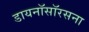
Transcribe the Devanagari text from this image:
डायनॉसॉरसना